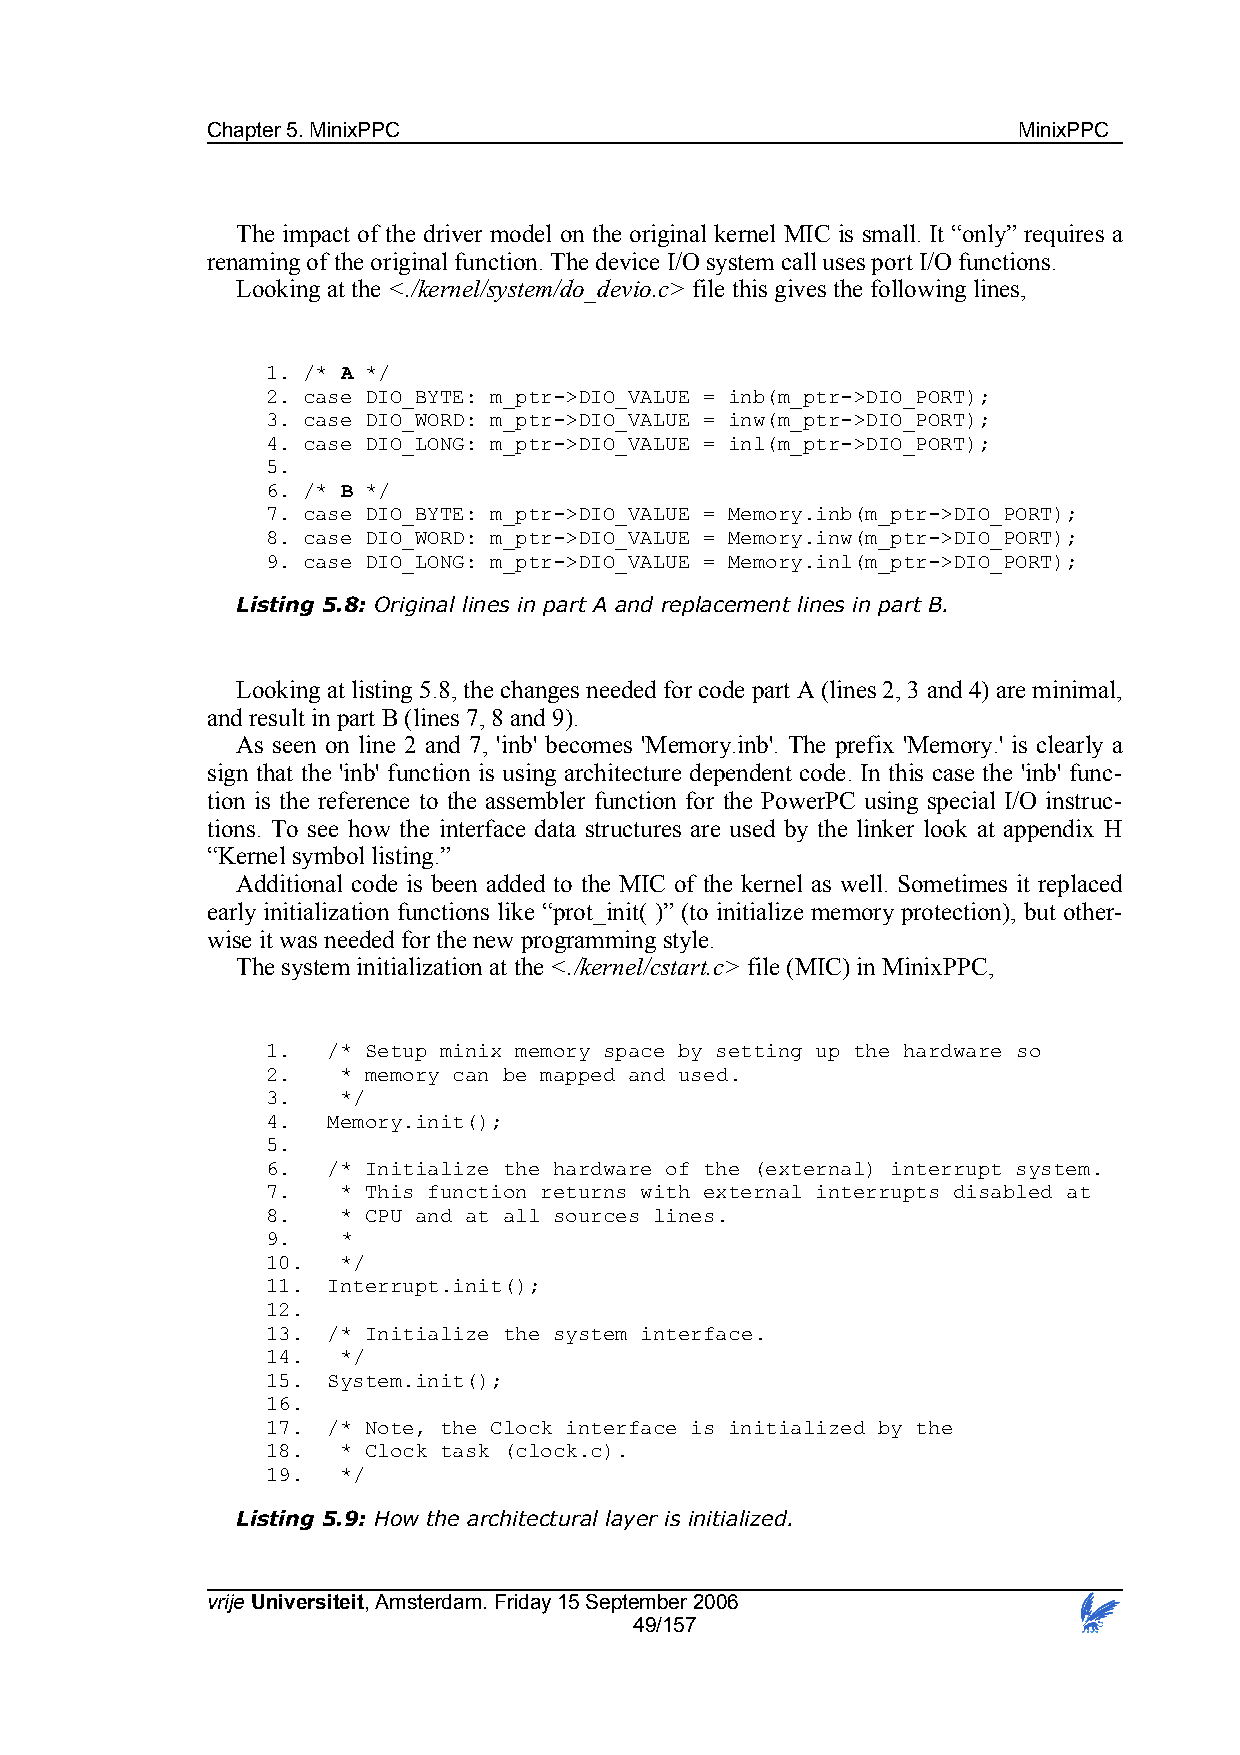
Chapter 5. MinixPPC                                  MinixPPC
 The impact of the driver model on the original kernel MIC is small. It “only” requires a
 renaming of the original function. The device I/O system call uses port I/O functions.
 Looking at the <./kernel/system/do_devio.c> file this gives the following lines,
 1. /* A */
 2. case DIO_BYTE: m_ptr->DIO_VALUE = inb(m_ptr->DIO_PORT);
 3. case DIO_WORD: m_ptr->DIO_VALUE = inw(m_ptr->DIO_PORT);
 4. case DIO_LONG: m_ptr->DIO_VALUE = inl(m_ptr->DIO_PORT);
 5.
 6. /* B */
 7. case DIO_BYTE: m_ptr->DIO_VALUE = Memory.inb(m_ptr->DIO_PORT);
 8. case DIO_WORD: m_ptr->DIO_VALUE = Memory.inw(m_ptr->DIO_PORT);
 9. case DIO_LONG: m_ptr->DIO_VALUE = Memory.inl(m_ptr->DIO_PORT);
 Listing 5.8: Original lines in part A and replacement lines in part B.
 Looking at listing 5.8, the changes needed for code part A (lines 2, 3 and 4) are minimal,
 and result in part B (lines 7, 8 and 9).
 As seen on line 2 and 7, 'inb' becomes 'Memory.inb'. The prefix 'Memory.' is clearly a
 sign that the 'inb' function is using architecture dependent code. In this case the 'inb' func-
 tion is the reference to the assembler function for the PowerPC using special I/O instruc-
 tions. To see how the interface data structures are used by the linker look at appendix H
 “Kernel symbol listing.”
 Additional code is been added to the MIC of the kernel as well. Sometimes it replaced
 early initialization functions like “prot_init( )” (to initialize memory protection), but other-
 wise it was needed for the new programming style.
 The system initialization at the <./kernel/cstart.c> file (MIC) in MinixPPC,
 1.  /* Setup minix memory space by setting up the hardware so
 2.   * memory can be mapped and used.
 3.   */
 4.  Memory.init();
 5.
 6.  /* Initialize the hardware of the (external) interrupt system.
 7.   * This function returns with external interrupts disabled at
 8.   * CPU and at all sources lines.
 9.   *
 10.  */
 11. Interrupt.init();
 12.
 13. /* Initialize the system interface.
 14.  */
 15. System.init();
 16.
 17. /* Note, the Clock interface is initialized by the
 18.  * Clock task (clock.c).
 19.  */
 Listing 5.9: How the architectural layer is initialized.
 vrije Universiteit, Amsterdam. Friday 15 September 2006
 49/157